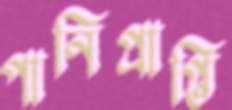
পানিপ্রাপ্তি